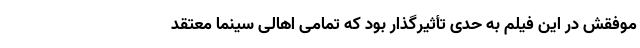
موفقش در این فیلم به حدی تأثیرگذار بود که تمامی اهالی سینما معتقد